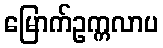
မြောက်ဥက္ကလာပ